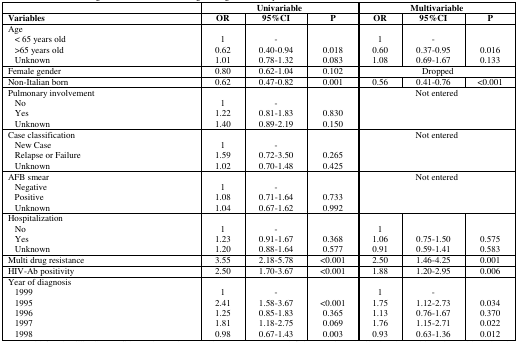
<table><thead><tr><td></td><td colspan="3"><b>Univariable</b></td><td colspan="3"><b>Multivariable</b></td></tr><tr><td><b>Variables</b></td><td><b>OR</b></td><td><b>95%CI</b></td><td><b>P</b></td><td><b>OR</b></td><td><b>95%CI</b></td><td><b>P</b></td></tr></thead><tbody><tr><td>Age</td><td></td><td></td><td></td><td></td><td></td><td></td></tr><tr><td> &lt; 65 years old</td><td>1</td><td>-</td><td></td><td>1</td><td>-</td><td></td></tr><tr><td> &gt;65 years old</td><td>0.62</td><td>0.40–0.94</td><td>0.018</td><td>0.60</td><td>0.37–0.95</td><td>0.016</td></tr><tr><td> Unknown</td><td>1.01</td><td>0.78–1.32</td><td>0.083</td><td>1.08</td><td>0.69–1.67</td><td>0.133</td></tr><tr><td>Female gender</td><td>0.80</td><td>0.62–1.04</td><td>0.102</td><td></td><td>Dropped</td><td></td></tr><tr><td>Non-Italian born</td><td>0.62</td><td>0.47–0.82</td><td>0.001</td><td>0.56</td><td>0.41–0.76</td><td>&lt;0.001</td></tr><tr><td>Pulmonary involvement</td><td></td><td></td><td></td><td colspan="3">Not entered</td></tr><tr><td> No</td><td>1</td><td>-</td><td></td><td colspan="3"></td></tr><tr><td> Yes</td><td>1.22</td><td>0.81–1.83</td><td>0.830</td><td colspan="3"></td></tr><tr><td> Unknown</td><td>1.40</td><td>0.89–2.19</td><td>0.150</td><td colspan="3"></td></tr><tr><td>Case classification</td><td></td><td></td><td></td><td colspan="3">Not entered</td></tr><tr><td> New Case</td><td>1</td><td>-</td><td></td><td colspan="3"></td></tr><tr><td> Relapse or Failure</td><td>1.59</td><td>0.72–3.50</td><td>0.265</td><td colspan="3"></td></tr><tr><td> Unknown</td><td>1.02</td><td>0.70–1.48</td><td>0.425</td><td colspan="3"></td></tr><tr><td>AFB smear</td><td></td><td></td><td></td><td colspan="3">Not entered</td></tr><tr><td> Negative</td><td>1</td><td>-</td><td></td><td colspan="3"></td></tr><tr><td> Positive</td><td>1.08</td><td>0.71–1.64</td><td>0.733</td><td colspan="3"></td></tr><tr><td> Unknown</td><td>1.04</td><td>0.67–1.62</td><td>0.992</td><td colspan="3"></td></tr><tr><td>Hospitalization</td><td></td><td></td><td></td><td colspan="3"></td></tr><tr><td> No</td><td>1</td><td>-</td><td></td><td>1</td><td></td><td></td></tr><tr><td> Yes</td><td>1.23</td><td>0.91–1.67</td><td>0.368</td><td>1.06</td><td>0.75–1.50</td><td>0.575</td></tr><tr><td> Unknown</td><td>1.20</td><td>0.88–1.64</td><td>0.577</td><td>0.91</td><td>0.59–1.41</td><td>0.583</td></tr><tr><td>Multi drug resistance</td><td>3.55</td><td>2.18–5.78</td><td>&lt;0.001</td><td>2.50</td><td>1.46–4.25</td><td>0.001</td></tr><tr><td>HIV-Ab positivity</td><td>2.50</td><td>1.70–3.67</td><td>&lt;0.001</td><td>1.88</td><td>1.20–2.95</td><td>0.006</td></tr><tr><td>Year of diagnosis</td><td></td><td></td><td></td><td></td><td></td><td></td></tr><tr><td> 1999</td><td>1</td><td>-</td><td></td><td>1</td><td>-</td><td></td></tr><tr><td> 1995</td><td>2.41</td><td>1.58–3.67</td><td>&lt;0.001</td><td>1.75</td><td>1.12–2.73</td><td>0.034</td></tr><tr><td> 1996</td><td>1.25</td><td>0.85–1.83</td><td>0.365</td><td>1.13</td><td>0.76–1.67</td><td>0.370</td></tr><tr><td> 1997</td><td>1.81</td><td>1.18–2.75</td><td>0.069</td><td>1.76</td><td>1.15–2.71</td><td>0.022</td></tr><tr><td> 1998</td><td>0.98</td><td>0.67–1.43</td><td>0.003</td><td>0.93</td><td>0.63–1.36</td><td>0.012</td></tr></tbody></table>